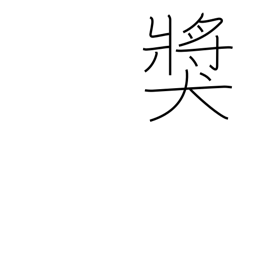
Meaning: prize